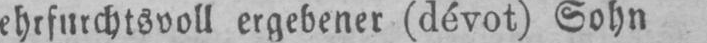
ehrfurchtsvoll ergebener (dévot) Sohn